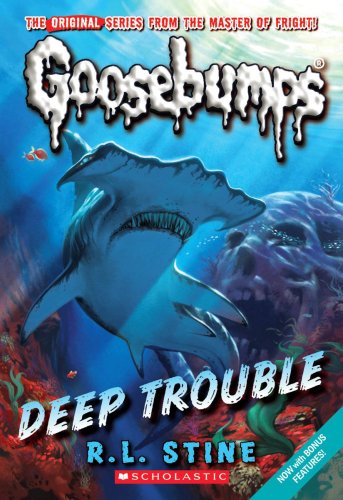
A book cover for Classic Goosebumps #2: Deep Trouble; R.L. Stine; Children's Books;